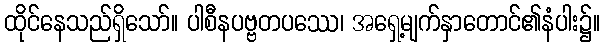
ထိုင်နေသည်ရှိသော်။ ပါစီနပဗ္ဗတပဿေ၊ အရှေ့မျက်နှာတောင်၏နံပါး၌။